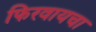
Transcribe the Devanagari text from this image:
फिरवायचा